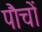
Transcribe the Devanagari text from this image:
पौचों